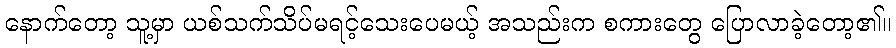
နောက်တော့ သူ့မှာ ယစ်သက်သိပ်မရင့်သေးပေမယ့် အသည်းက စကားတွေ ပြောလာခဲ့တော့၏။